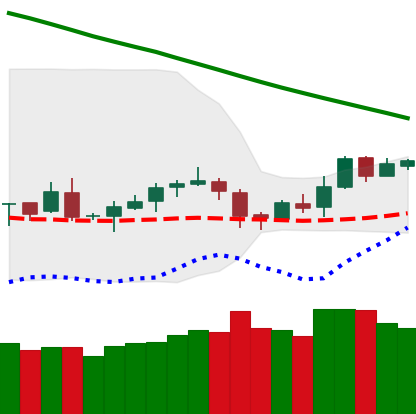
Ticker: LTC-USD
Chart end date: 2019-02-05
Forward return: 36.696%
Label: up_7plus